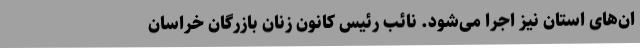
ان‌های استان نیز اجرا می‌شود. نائب رئیس کانون زنان بازرگان خراسان